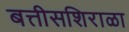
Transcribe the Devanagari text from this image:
बत्तीसशिराळा